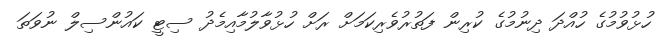
ހުޅުވުމުގެ ހުއްދަ ދިނުމުގެ ކުރިން ފަތުރުވެރިކަމަށް ރަށް ހުޅުވާލުމާއިމެދު ސިޓީ ކައުންސިލް ނުވަތަ